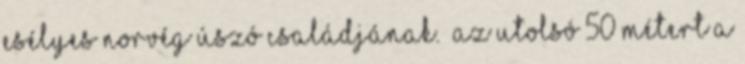
esélyes norvég úszó családjának. „Az utolsó 50 métert a